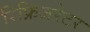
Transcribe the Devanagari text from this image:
रिफ्रिजरेटर